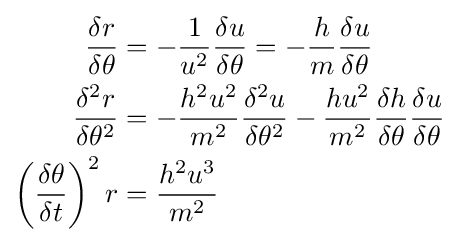
{\begin{aligned}{\frac {\delta r}{\delta \theta }}&=-{\frac {1}{u^{2}}}{\frac {\delta u}{\delta \theta }}=-{\frac {h}{m}}{\frac {\delta u}{\delta \theta }}\\{\frac {\delta ^{2}r}{\delta \theta ^{2}}}&=-{\frac {h^{2}u^{2}}{m^{2}}}{\frac {\delta ^{2}u}{\delta \theta ^{2}}}-{\frac {hu^{2}}{m^{2}}}{\frac {\delta h}{\delta \theta }}{\frac {\delta u}{\delta \theta }}\\\left({\frac {\delta \theta }{\delta t}}\right)^{2}r&={\frac {h^{2}u^{3}}{m^{2}}}\end{aligned}}